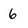
Character: 6